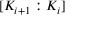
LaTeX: [ K _ { i + 1 } : K _ { i } ]